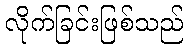
လိုက်ခြင်းဖြစ်သည်